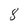
Character: 8